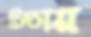
চিতায়